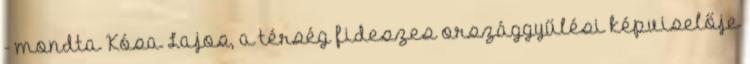
- mondta Kósa Lajos, a térség fideszes országgyűlési képviselője